Vital statistics of India. Vol. IV, Annual returns from 1871 to 1876. British Army of India, Native Army and jails of Bengal
Year: 1871
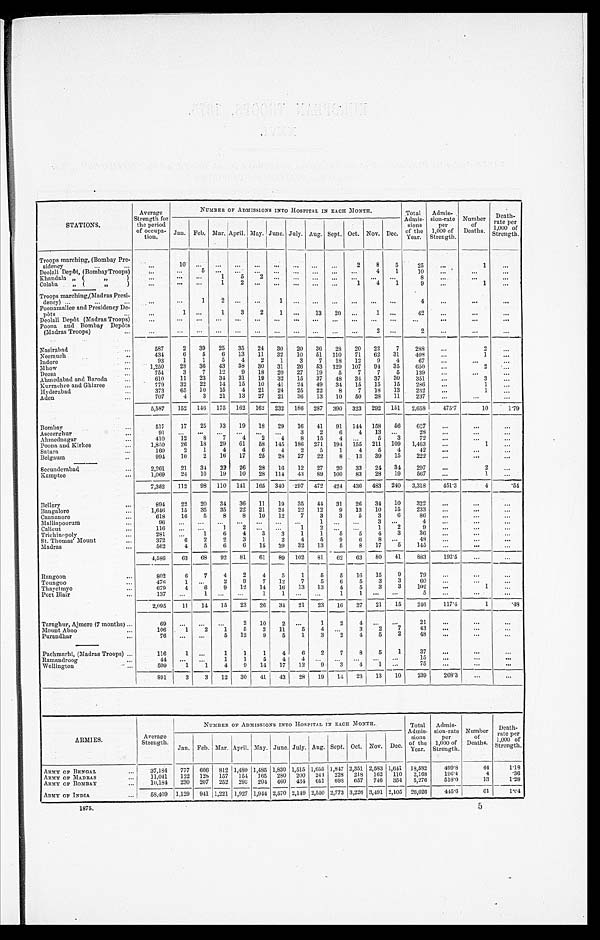
STATIONS.
Average
Strength for
the period
of occupa- tion.
NUMBER OF ADMISSIONS INTO HOSPITAL IN EACH MONTH.
Total
Admis- sions
of the
Year.
Admis-
sion-rate per
1,000 of
Strength.
Number of
Deaths.
Death-
rate per
1,000 of
Strength.
Jan. Feb. Mar. April. May. June. July. Aug. Sept. Oct. Nov. Dec
Troops marching, (Bombay Pre-
sidency
10
2 8 5 25
1
Deolali Depôt, (Bombay Troops)
5
4 1 10
Khandala „ ( „ )
1 5 2
8
Colaba „ ( „ )
1 2
1 4 1 9
1
Troops marching, (Madras Presi-
dency)
1 2
1
4
Poonamallee and Presidency De-
pôts
1
1 3 2 1
13 20
1
42
Deolali Depôt (Madras Troops)
Poona and Bombay Depôts
(Madras Troops)
2
2
Nasirabad
587 2 39 25 35 24 30 20 36 28 20 22 7 288
2
Neemuch
434 6 5 6 13 11 32 10 51 110 71 62 31 408
1
Indore
93 1 1 5 4 2 1 3 7 18 12 9 4 67
Mhow
1, 250 28 36 43 38 30 31 26 53 129 107 94 35 650
2
Deesa
754 3 7 12 9 18 20 27 19 5 7 7 5 139
Ahmedabad and Baroda
610 11 23 34 31 19 32 15 37 48 34 37 30 351
3
Kurrachee and Ghizree
779 32 22 14 15 10 41 24 49 34 15 15 15 286
1
Hyderabad
373 65 10 15 4 21 24 25 22 8 7 18 13 232
1
Aden
707 4 3 21 13 27 21 36 13 10 50 28 11 237
5, 587 152 146 175 162 162 232 186 287 390 323 292 151 2, 658 475.7
10 1 . 7 9
Bombay
517 17 25 13 19 18 29 16 41 91 144 158 56 627
Aseeerghur
91
3 2 6 4 13
28
Ahmednagar
410 12 8 7 4 2 4 8 15 4
5 3 72
Poona and Kirkee
1, 850 26 18 29 61 58 145 186 271 194 155 211 109 1, 463
1
Satara
160 2 1 4 4 6 4 2 5 1 4 5 4 42
Belgaum
994 10 2 16 17 25 28 27 22 8 13 39 15 222
Secunderabad
2, 261 21 34 22 26 28 16 12 27 20 33 24 34 297
2
Kamptee
1, 069 24 1 0 19 10 28 114 43 89 100 83 28 19 567
1
7, 352 112 98 110 141 165 340 297 472 424 436 483 240 3, 318 4 5 1 . 3
4 .54
Bellary
894 22 20 34 36 11 19 35 44 31 26 34 10 322
Bangalore
1, 646 15 35 35 22 21 24 22 12 9 13 10 15 233
Cannanore
618 16 5 8 8 10 12 7 3 3 5 3 6 86
Malliapoorum
96
1
3
4
Calicut
116
1 2
1 2
1 2 9
Trichinopoly
281
1 6 4 3 3 1 1 5 5 4 3 36
St. Thomas' Mount
372 6 2 2 3 1 2 4 5 9 6 8
48
Madras
562 4 5 6 6 15 29 32 13 5 8 17 5 145
4, 586 63 68 92 81 61 89 102 81 62 63 80 41 883 192.5
Rangoon
802 6 7 4 2 4 5 1 5 5 16 15 9 79
Toungoo
476 1
2 9 7 12 7 5 6 5 3 3 60
Thayetmyo
679 4 6 9 12 14 16 13 13 4 5 3 3 102
1
Port Blair
137
1
1 1
1 1
5
2, 095 11 14 15 23 26 34 21 23 16 27 21 15 246 117.4
1 . 4 8
Taraghur, Ajmere (7 months)
69
2 10 2
1 2 4
2 1
Mount Aboo
106 1 2 1 5 2 11 5 4
3 2 7 43
Purandhar
7 6
5 12 9 5 1 3 2 4 5 2 48
Pachmarhi, (Madras Troops)
116
1
1 1 1 4 6 2 7 8 5 1 37
Ramandroog
44
1 1 5 4 4
15
Wellington
509 1 1 4 9 14 17 12 9 3 4 1
75
891 3 3 12 30 41 43 28 19 14 23 13 10 239 268.3
ARMIES.
Average
Strength.
NUMBER OF ADMISSIONS INTO HOSPITAL IN EACH MONTH.
Total
Admis- sions
of t heYe a r .
Admis-
sion-rate per
1,0000 of
Strength.
Number of
Deaths.
Death-
rate per
1,000 of
Strength.
Jan. Feb. Mar. April. May. June. July. Aug. Sept. Oct. Nov. Dec.
ARMY OF BENGAL
37, 184 777 606 812 1, 480 1,485 1, 830 1, 515 1, 655 1, 847 2, 351 2, 583 1, 641 18, 582 499.8
44 1 . 1 8
ARMY OF MADRAS
11, 041 122 128 157 154 165 280 200 244 228 218 162 110 2, 168 196. 4
4 .36
ARMY OF BOMBAY
1 0 , 1 8 4 230 207 252 293 294 460 434 651 698 657 746 354 5, 276 518.0
13 1 . 2 8
ARMY OF INDIA
58, 409 1, 129 941 1, 221 1, 927 1,944 2, 570 2, 149 2, 550 2, 773 3, 226 3,491 2, 105 26, 026 445.6
6 1 1 . 0 4
1875
5